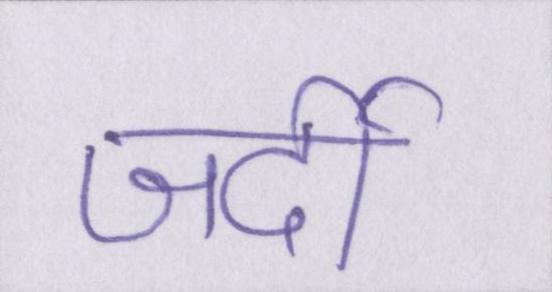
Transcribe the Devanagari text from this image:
जर्दी